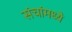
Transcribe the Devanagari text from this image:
संचांमध्ये